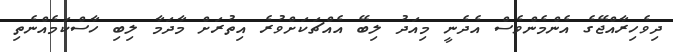
ދިވެހިރާއްޖޭގެ އެންމެންވެސް އެދެނީ މިއަދު ލިބޭ އެއްޗަކަށްވުރެ އިތުރަށް މާދަމާ ލިބި ހާސްކަމެއްނެތި